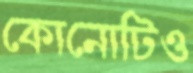
কোনোটিও